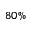
8 0 \%